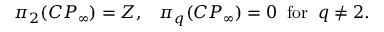
\pi _ { 2 } ( C P _ { \infty } ) = Z , \; \; \; \pi _ { q } ( C P _ { \infty } ) = 0 \; \; \mathrm { f o r } \; \; q \neq 2 .